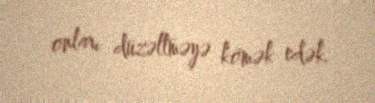
onları düzəltməyə kömək edək.